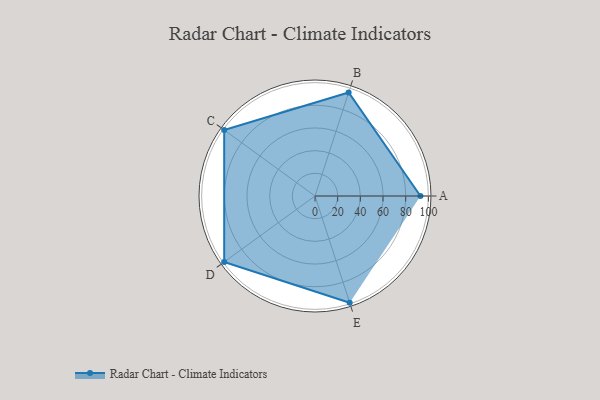
{"axis": {"x": "Skill", "y": "Score"}, "legend": ["Profile"], "data": [{"x": "A", "y": 93.0, "type": "Profile"}, {"x": "B", "y": 96.0, "type": "Profile"}, {"x": "C", "y": 99.0, "type": "Profile"}, {"x": "D", "y": 99, "type": "Profile"}, {"x": "E", "y": 99, "type": "Profile"}]}